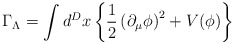
\begin{align*}\Gamma_{\Lambda}=\int d^Dx \left\{ \frac{1}{2}\left(\partial_{\mu} \phi \right)^2+ V(\phi) \right\}\end{align*}